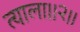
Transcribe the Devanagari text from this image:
त्याला।।२।।